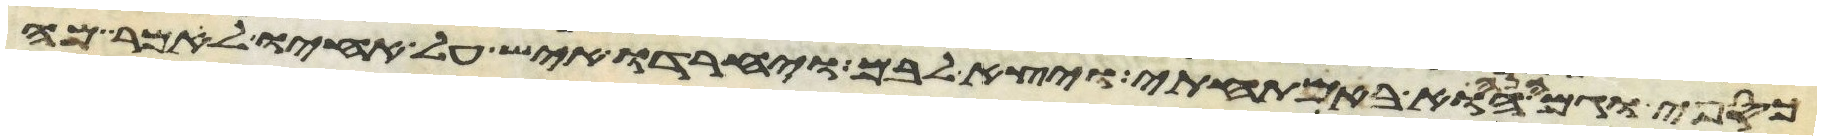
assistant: כספי וגם הנה הוא באמתחתי ויצא לבם ויחרדו איש על אחיו לאמר מה